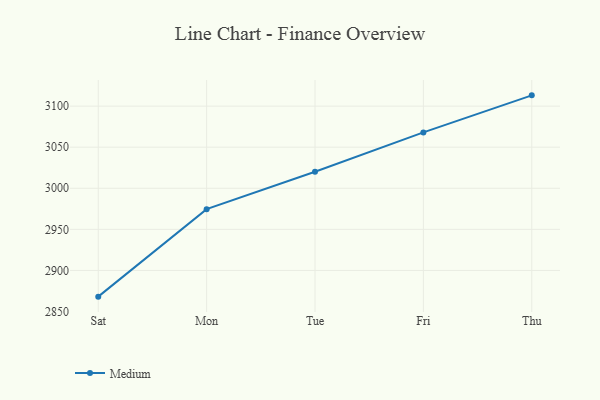
{"axis": {"x": "Day", "y": "Shipments"}, "legend": ["Medium"], "data": [{"x": "Sat", "y": 2868.1, "type": "Medium"}, {"x": "Mon", "y": 2974.6, "type": "Medium"}, {"x": "Tue", "y": 3020.2, "type": "Medium"}, {"x": "Fri", "y": 3068.0, "type": "Medium"}, {"x": "Thu", "y": 3113.1, "type": "Medium"}]}